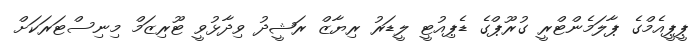
ޕީޕީއެމްގެ ޕާލަމެންޓްރީ ގުރޫޕްގެ ޑެޕިއުޓީ ލީޑަރު ރިޔާޒް ރަޝީދު ވިދާޅުވީ ޓޫރިޒަމް މިނިސްޓަރަކަށް